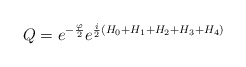
\begin{align*}Q = e^{-{\varphi\over 2}}e^{{i\over 2}\left(H_0+H_1+H_2+H_3+H_4\right)}\end{align*}